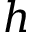
h